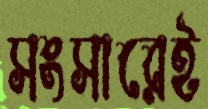
সংসারেই